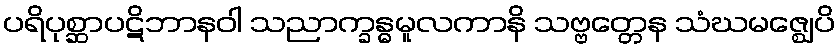
ပရိပုစ္ဆာပဋိဘာနဝါ သညာက္ခန္ဓမူလကာနိ သဗ္ဗတ္တေန သံဃမဇ္ဈေပိ